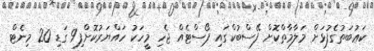
ކަޢުބަތުގެފުޅަށް މަލާމާތްކޮށް ފޭސްބުކްގައި ޕޯސްޓެއް ޖެހި މީހަކު ހައްޔަރުކޮށްފި9 ގަޑި 20 މިނެޓް